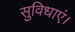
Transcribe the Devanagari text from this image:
सुविधाएं।